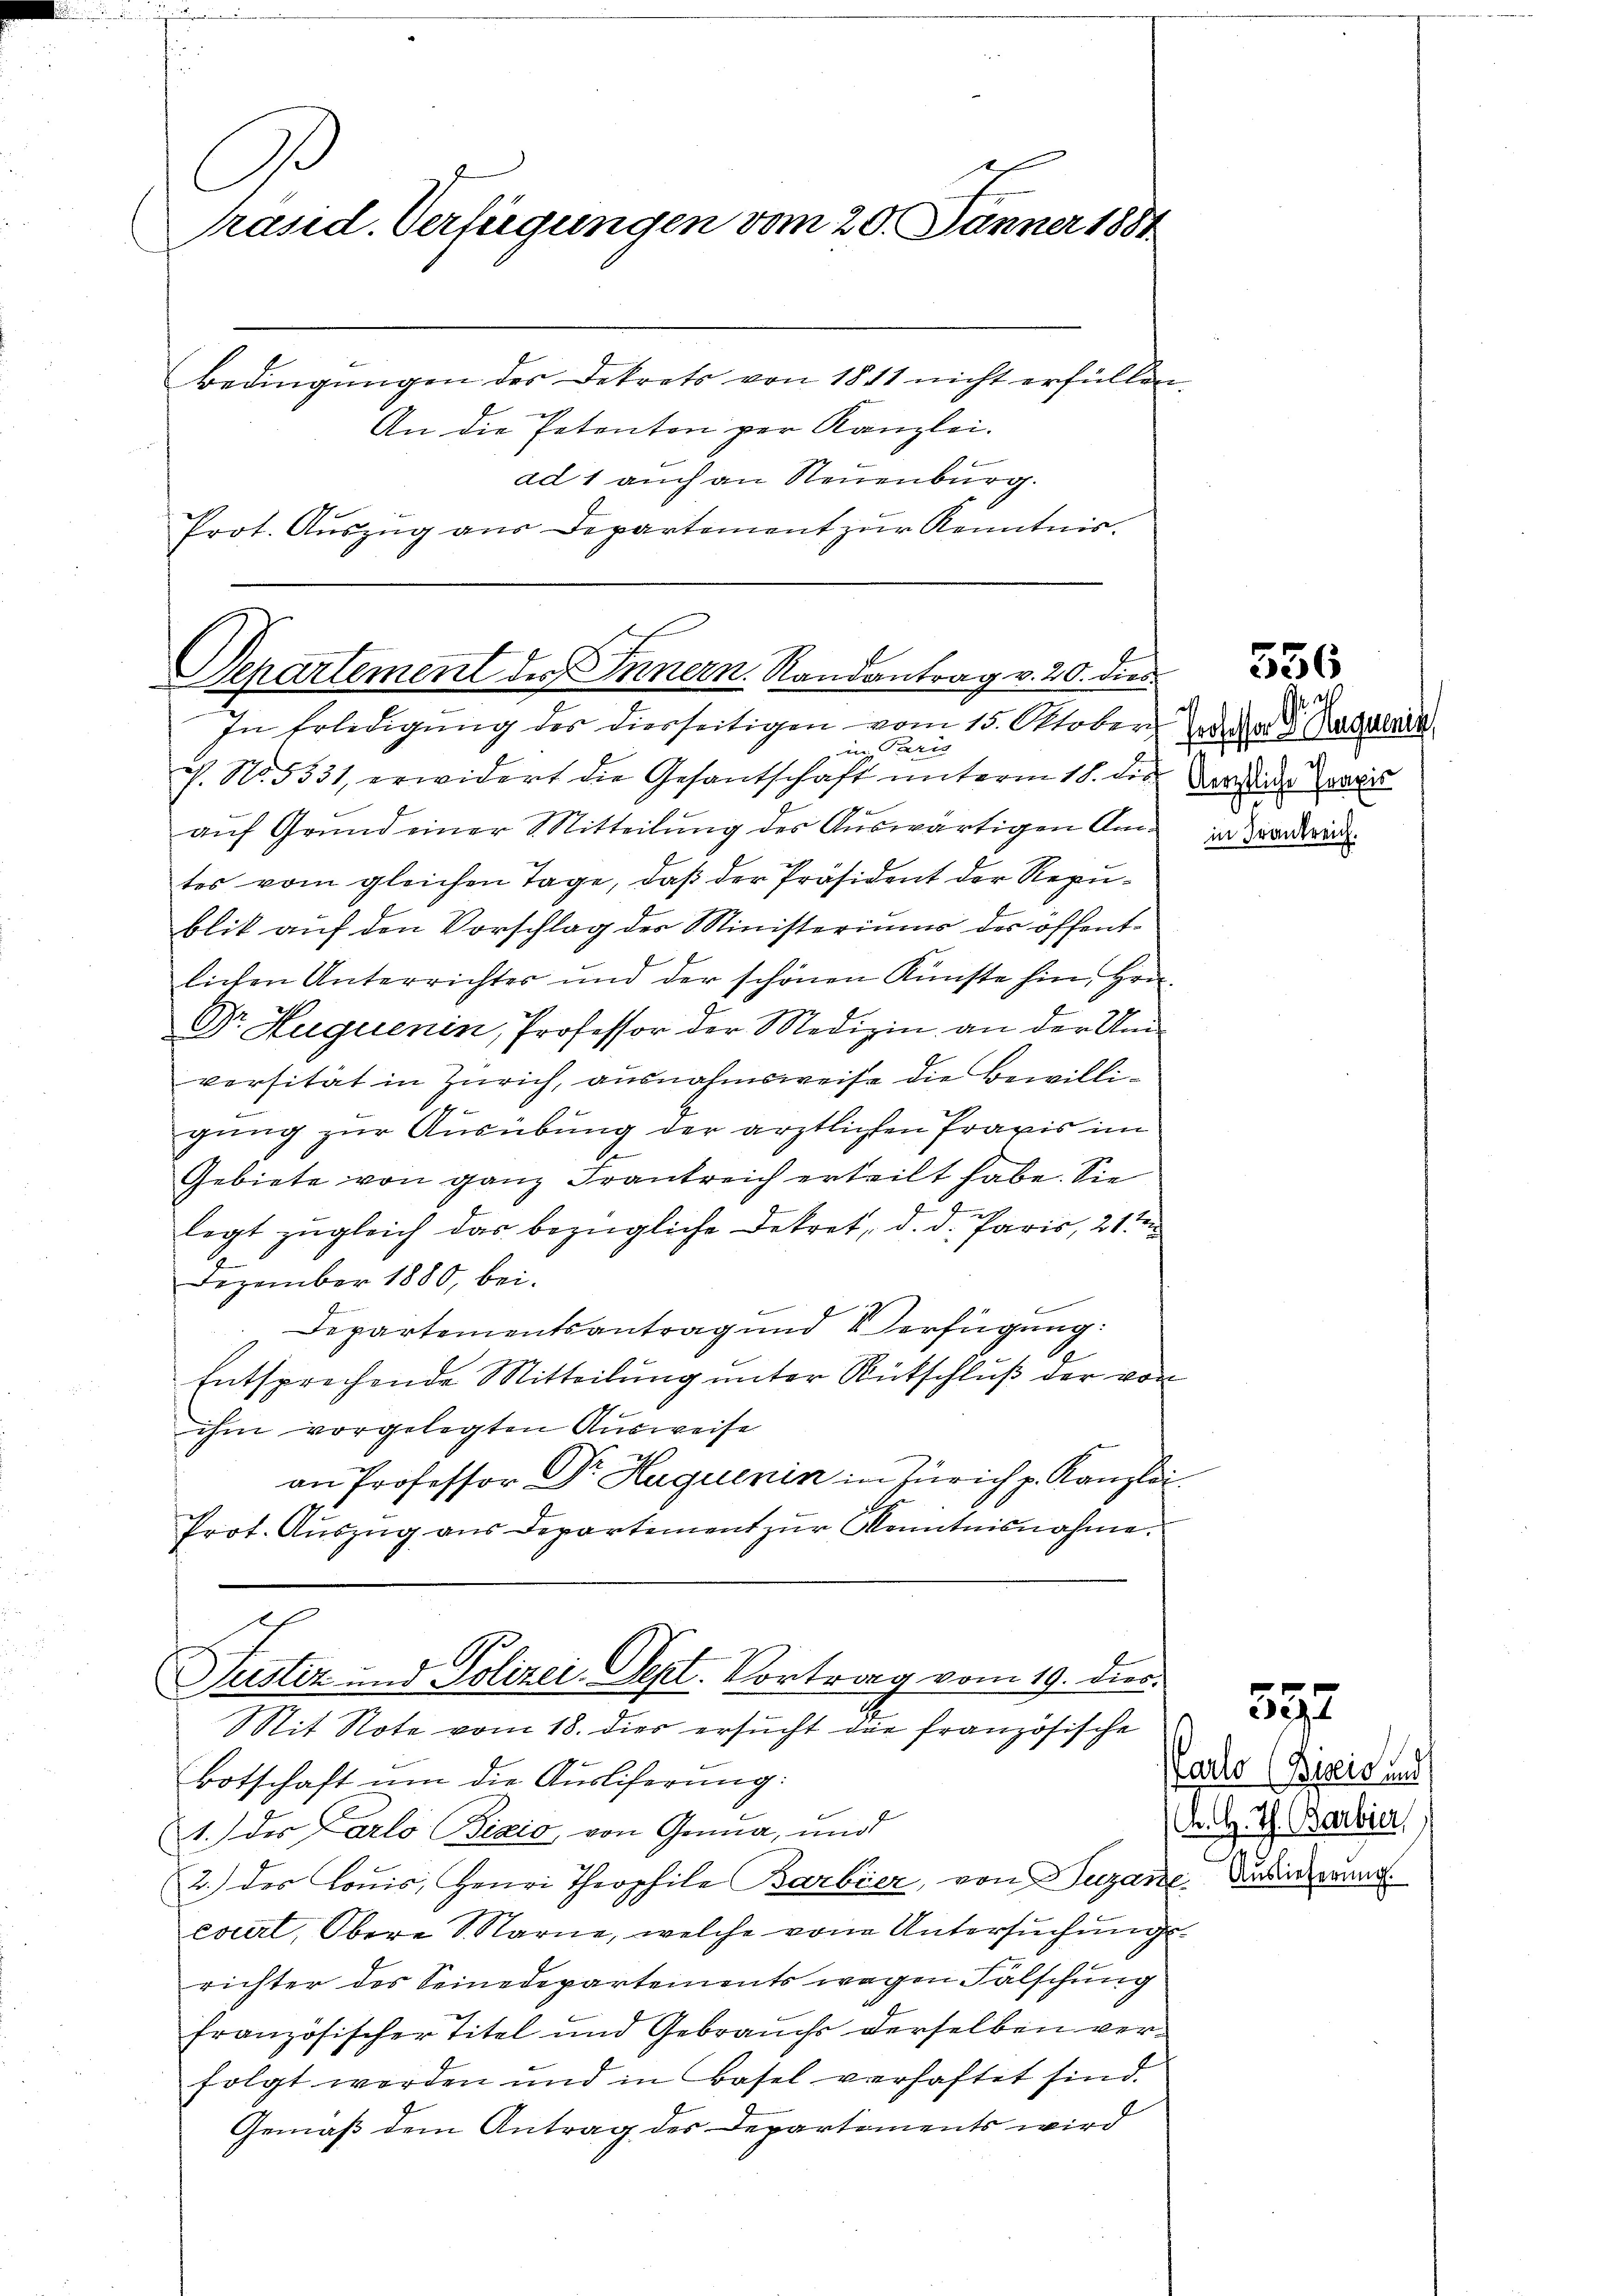
u
räsid. Verfügungen vom 20. Jänner 1881
Bedingungen des Dekrets von 1811 nicht erfüllen.
An die Petenten per Kanzlei.
ad 1 auch an Neuenburg.

x
Separtement des Innern. Randantrag v. 20. dies
In Erledigung des diesseitigen vom 15. Oktober, Ja. D. Regalie

in Paris
ch. No. 5331, erwidert die Gesantschaft unterm 18. die Verstice Praxis
auf Grund einer Mitteilung des Auswärtigen Amtes vom gleichen Tage, daß der Präsident der Republit auf den Vorschlag des Ministeriums der öffentlichen Unterrichter und der schönen Künste hin, Hrn.
Dr. Huguenin, Professor der Medizin an der Um
versität in Zürich, ausnahmsweise die Bewilligung zur Ausübung der ärztlichen Praxis im
Gebiete von ganz Frantreich erteilt habe. Sie
legt zugleich das bezügliche Dekret, d. d. Paris, 21 ten
Dezember 1880, bei.
Departementsantrag und Verfügung:
Entsprechende Mitteilung unter Rutschluß der von
ihm vorgelegten Ausweise
an Professor Dr. Haguenin in Zürich p. Kanzlei
Prot. Aŭszŭg ans Departement zŭr Kenntnisnahme.

Prot. Auszug aus Departement zur Kenntnis.

Justiz und Polizei- Sept. Vortrag vom 19. dies
Mit Note vom 18. dies ersucht die französische

Botschaft um die Ausliferung:
1.) des Carlo Bizio von Genua, und
2.) des Konis, Henri Theophile Barbier, von Lugane Kinderung
cverl, Obere Warne, welche von Untersuchungsrichter des Seinedepartements wegen Falschung
französischer Titel und Gebrauchs derselben verfolgt werden und in Basel verhaftet sind.
Gemäß dem Antrag des Departements wird

d

55

397

ankreich.

arlo (Beseit und
K. H. Th. Barbier